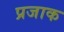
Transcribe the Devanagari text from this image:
प्रजाक